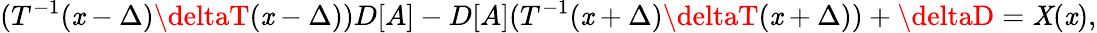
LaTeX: (T^{-1}(\mathit{x}-\Delta)\deltaT(\mathit{x}-\Delta))D[A]-D[A](T^{-1}(\mathit{x}+\Delta)\deltaT(\mathit{x}+\Delta))+\deltaD=\mathit{X}(\mathit{x}),